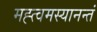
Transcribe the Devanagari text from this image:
मह्त्वमस्यानन्तं